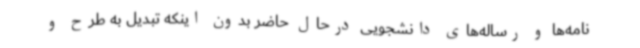
نامه‌ها و رساله‌های دانشجویی درحال حاضر بدون اینکه تبدیل به طرح و